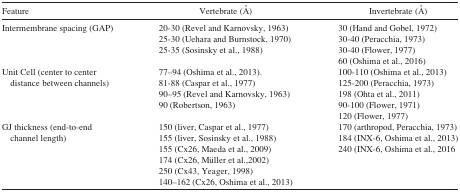
| Feature | Vertebrate (Å) | Invertebrate (Å) |
 | --- | --- | --- |
 | Intermembrane spacing (GAP) | 20‐30 (Revel and Karnovsky, 1963)25‐30 (Uehara and Burnstock, 1970)25‐35 (Sosinsky et al., 1988) | 30 (Hand and Gobel, 1972)30‐40 (Peracchia, 1973)30‐40 (Flower, 1977)60 (Oshima et al., 2016) |
 | Unit Cell (center to center distance between channels) | 77–94 (Oshima et al., 2013).81‐88 (Caspar et al., 1977)90–95 (Revel and Karnovsky, 1963)90 (Robertson, 1963) | 100‐110 (Oshima et al., 2013)125‐200 (Peracchia, 1973)198 (Ohta et al., 2011)90‐100 (Flower, 1971)120 (Flower, 1977) |
 | GJ thickness (end‐to‐end channel length) | 150 (liver, Caspar et al., 1977)155 (liver, Sosinsky et al., 1988)155 (Cx26, Maeda et al., 2009)174 (Cx26, Müller et al.,2002)250 (Cx43, Yeager, 1998)140–162 (Cx26, Oshima et al., 2013) | 170 (arthropod, Peracchia, 1973)184 (INX‐6, Oshima et al., 2013)240 (INX‐6, Oshima et al., 2016 |